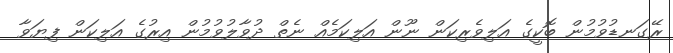
ރޭގަނޑުވުމުން ބޮކީގެ އަލިވެރިކަން ނޫން އަލިކަމެއް ނެތް ދުވާލުވުމުން އިރުގެ އަލިކަން ފިޔަވާ